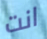
انت